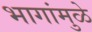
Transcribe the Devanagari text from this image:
भागांमुळे